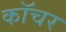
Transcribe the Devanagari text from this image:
कॉचर